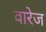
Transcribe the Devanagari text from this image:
वारेज